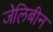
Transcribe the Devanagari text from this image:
जेलिबीन